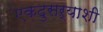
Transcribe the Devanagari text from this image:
एकदुसऱ्याशी